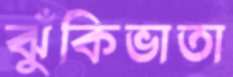
ঝুঁকিভাতা